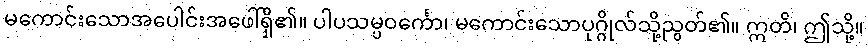
မကောင်းသောအပေါင်းအဖေါ်ရှိ၏။ ပါပသမ္ပဝင်္ကော၊ မကောင်းသောပုဂ္ဂိုလ်သို့ညွတ်၏။ ဣတိ၊ ဤသို့။